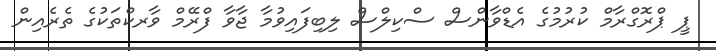
ޕީ ޕްރޮގްރާމް ކުރުމުގެ އެޑްވާންސް ސްކިލްސް ލިބިފައިވުމާ ޖާވާ ފްރޭމް ވާރކްތަކުގެ ތެރެއިން